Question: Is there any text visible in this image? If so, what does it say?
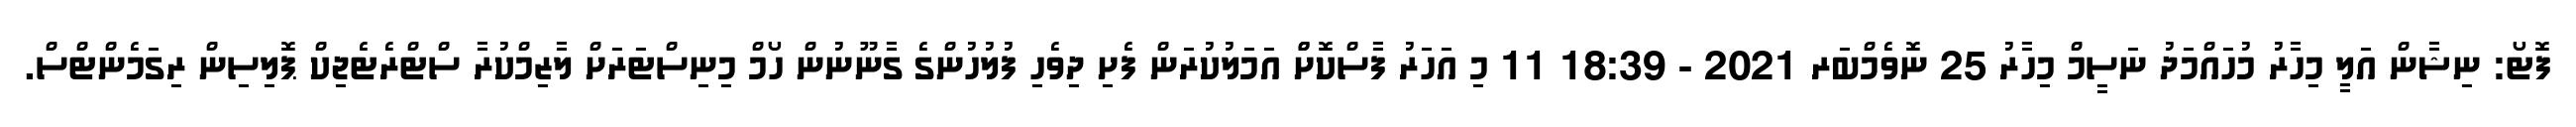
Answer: ފޮޓޯ: ނިޝާން އަލީ މިހާރު މުހައްމަދު ނަސީމް މިހާރު 25 ނޮވެމްބަރ 2021 - 18:39 11 މި އަހަރު ފާސްކޮށްް އަމަލުކުރަން ފެށި ދިވެހި ފުލުހުންގެ ގާނޫނުން ހޯމް މިނިސްޓަރަށް ލާޒިމްކުރާ ސްޓްރެޓެޖިކް ޕޮލިސިން ރިގަމެންޓްސް.